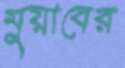
মুয়াবের